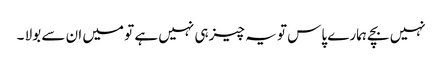
نہیں بچے ہمارے پاس تو یہ چیز ہی نہیں ہے تو میں ان سے بولا ۔